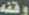
وقفه